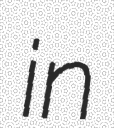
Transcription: in